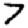
Digit: 7